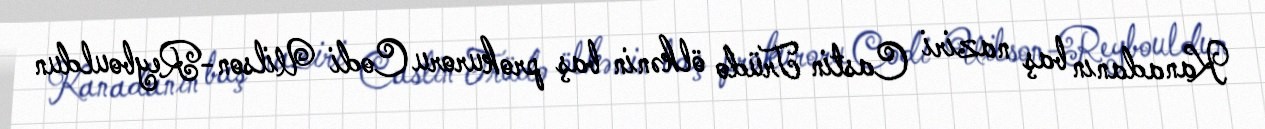
Kanadanın baş naziri Castin Trüdo ölkənin baş prokuroru Codi Uilson-Reybouldun